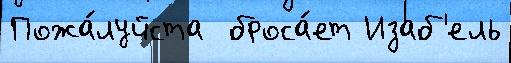
Пожа́луйста  броса́ет Изаб'ель